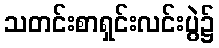
သတင်းစာရှင်းလင်းပွဲ၌